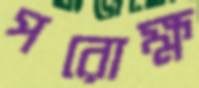
পরোক্ষ